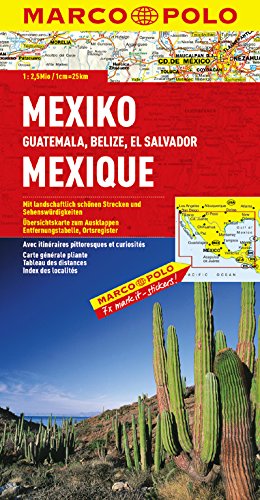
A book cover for Mexico, Guatemala, Belize, El Salvador Marco Polo Map (Marco Polo Maps); Travel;